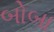
બોબા